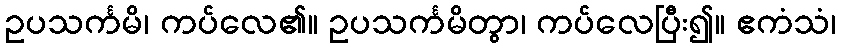
ဥပသင်္ကမိ၊ ကပ်လေ၏။ ဥပသင်္ကမိတွာ၊ ကပ်လေပြီး၍။ ဧကံသံ၊